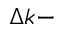
\Delta k -